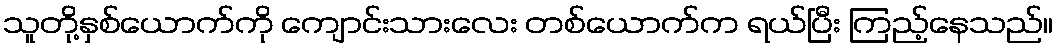
သူတို့နှစ်ယောက်ကို ကျောင်းသားလေး တစ်ယောက်က ရယ်ပြီး ကြည့်နေသည်။